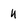
Character: u